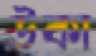
উকা